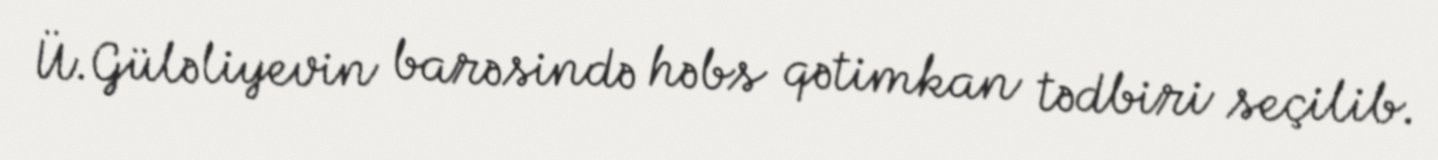
Ü.Güləliyevin barəsində həbs qətimkan tədbiri seçilib.